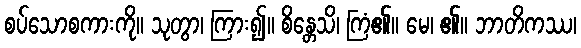
စပ်သောစကားကို။ သုတွာ၊ ကြား၍။ စိန္တေသိ၊ ကြံ၏။ မေ၊ ၏။ ဘာတိကဿ၊